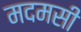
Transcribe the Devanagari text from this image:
मदमसी